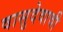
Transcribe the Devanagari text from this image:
वासुदेवाची